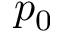
p _ { 0 }